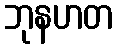
ဘုနဟတ